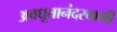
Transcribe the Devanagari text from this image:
अवधूतानंदस्वामी